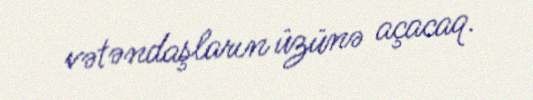
vətəndaşların üzünə açacaq.